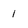
Character: l